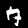
Digit: 7